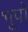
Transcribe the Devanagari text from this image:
भूपो